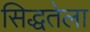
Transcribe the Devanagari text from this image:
सिद्धतेला